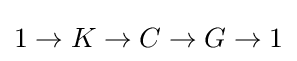
1\to K\to C\to G\to 1